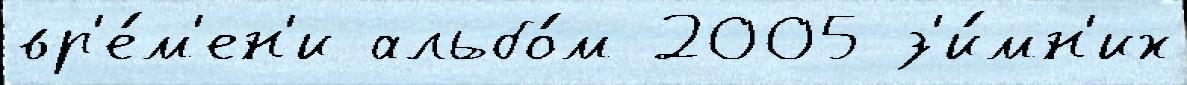
вр'е́м'ен'и альбо́м 2005 з'и́мн'их